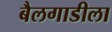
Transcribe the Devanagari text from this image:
बैलगाडीला